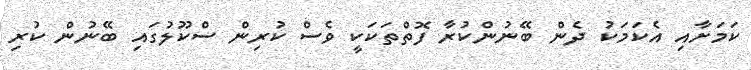
ކަމަށާއި އެކަމަކު ދެން ބޭނުންކުރާ ފޮތްތަކަކީ ވެސް ކުރިން ސްކޫލުގައި ބޭނުން ކުރި